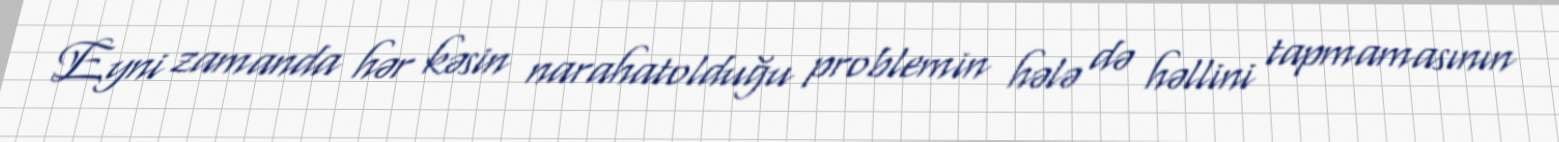
Eyni zamanda hər kəsin narahatolduğu problemin hələ də həllini tapmamasının